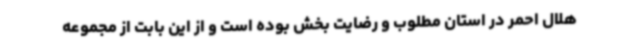
هلال احمر در استان مطلوب و رضایت بخش بوده است و از این بابت از مجموعه